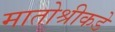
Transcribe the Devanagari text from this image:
मातोश्रीकडे